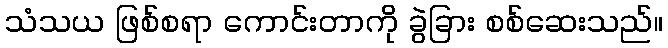
သံသယ ဖြစ်စရာ ကောင်းတာကို ခွဲခြား စစ်ဆေးသည်။